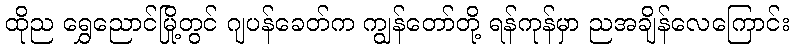
ထိုည ရွှေညောင်မြို့တွင် ဂျပန်ခေတ်က ကျွန်တော်တို့ ရန်ကုန်မှာ ညအချိန်လေကြောင်း